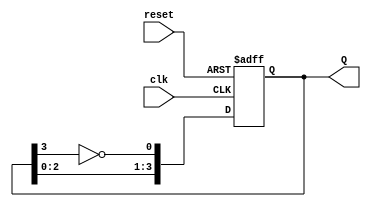
module johnson_counter (
    input wire clk,          // Clock signal
    input wire reset,        // Asynchronous reset signal
    output reg [3:0] Q       // 4-bit output representing the counter state
);

always @(posedge clk or posedge reset) begin
    if (reset) begin
        Q <= 4'b0000;       // Reset counter to 0000
    end else begin
        // State transition logic for the Johnson counter
        Q[0] <= ~Q[3];      // D0 = NOT(Q3)
        Q[1] <= Q[0];       // D1 = Q0
        Q[2] <= Q[1];       // D2 = Q1
        Q[3] <= Q[2];       // D3 = Q2
    end
end

endmodule